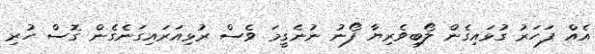
އެއް ފަހަރު ގުޅައިގެން ލޯބިވެރިޔާ ފޯނު ނުނެގީމަ ވެސް ރުޅިއަރައިގަނެގެން ގޮސް ހުރި